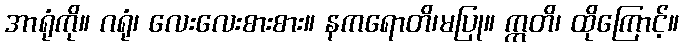
အာရုံကို။ ဂရုံ၊ လေးလေးစားစား။ နကရောတိ၊မပြု။ ဣတိ၊ ထိုကြောင့်။